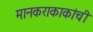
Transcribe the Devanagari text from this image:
मानकराकाकांची